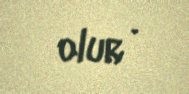
olur .